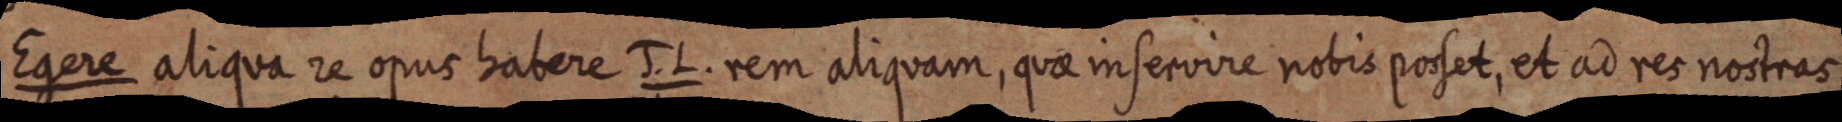
Egere aliqua re opus habere J. L. rem aliquam, quae in servire nobis posset, et ad res nostras